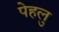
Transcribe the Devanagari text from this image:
पेहलु